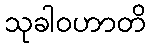
သုခါဝဟာတိ